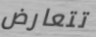
تتعارض